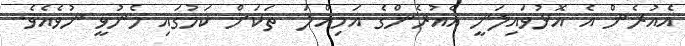
އެއުރެން އެ އޮޅުވައިލަނީ އެއުރެންގެ އަމިއްލަ  ތަކަށް ކަމުގައި މެނުވީ ނުވެއެވެ.